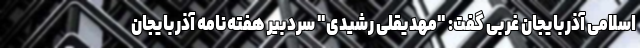
اسلامی آذربایجان غربی گفت: "مهدیقلی رشیدی" سردبیر هفته‌نامه آذربایجان